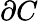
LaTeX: \partial{C}